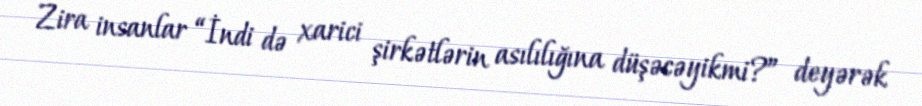
Zira insanlar “İndi də xarici şirkətlərin asılılığına düşəcəyikmi?” deyərək